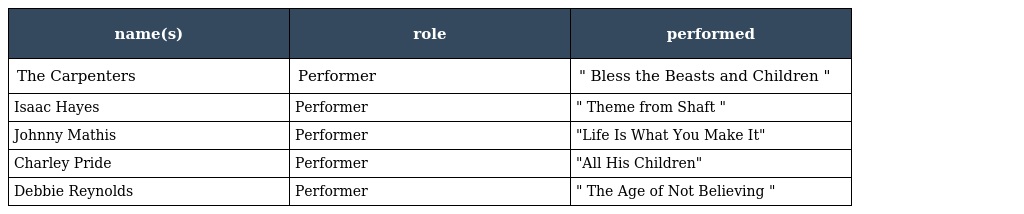
| name(s) | role | performed |
 | --- | --- | --- |
 | The Carpenters | Performer | " Bless the Beasts and Children " |
 | Isaac Hayes | Performer | " Theme from Shaft " |
 | Johnny Mathis | Performer | "Life Is What You Make It" |
 | Charley Pride | Performer | "All His Children" |
 | Debbie Reynolds | Performer | " The Age of Not Believing " |